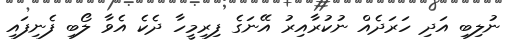
ނުލިބި އަދި ހަރަދެއް ނުކުރާއިރު އޭނަގެ ފިރިމީހާ ދެކެ އެވާ ލޯބި ފެނިފައި